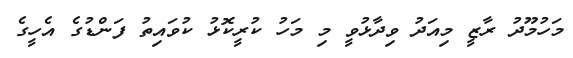
މަހުމޫދު ރާޒީ މިއަދު ވިދާޅުވީ މި މަހު ކުރީކޮޅު ކުވައިތު ފަންޑުގެ އެހީގެ